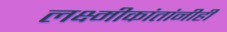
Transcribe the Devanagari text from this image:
लक्ष्मीकांतांनीही